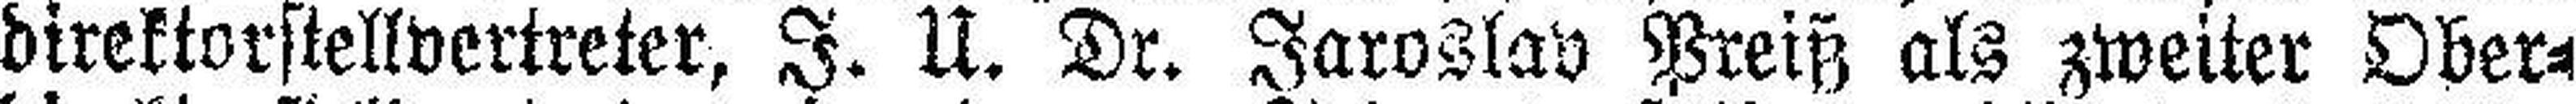
direktorstellvertreter, I. U. Dr. Jaroslav Preiß als zweiter Ober¬